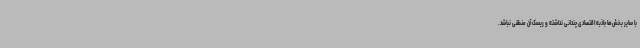
با سایر بخش‌ها جاذبه اقتصادی چندانی نداشته و ریسک آن منطقی نباشد.